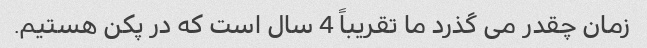
زمان چقدر می گذرد ما تقریباً 4 سال است که در پکن هستیم.